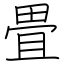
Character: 畳